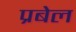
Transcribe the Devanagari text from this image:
प्रबेल